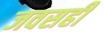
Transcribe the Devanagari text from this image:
जवसही